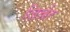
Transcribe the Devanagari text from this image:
ज़िन्नेर